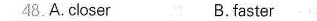
48.A. Closer B. Faster